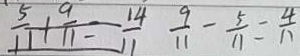
\frac { 5 } { 1 1 } + \frac { 9 } { 1 1 } = \frac { 1 4 } { 1 1 } \frac { 9 } { 1 1 } - \frac { 5 } { 1 1 } = \frac { 4 } { 1 1 }